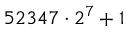
5 2 3 4 7 \cdot 2 ^ { 7 } + 1